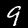
Label: 9